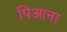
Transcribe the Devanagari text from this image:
पिआना